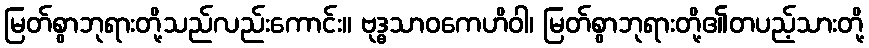
မြတ်စွာဘုရားတို့သည်လည်းကောင်း။ ဗုဒ္ဓသာဝကေဟိဝါ၊ မြတ်စွာဘုရားတို့၏တပည့်သားတို့